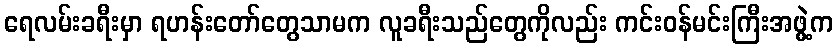
ရေလမ်းခရီးမှာ ရဟန်းတော်တွေသာမက လူခရီးသည်တွေကိုလည်း ကင်းဝန်မင်းကြီးအဖွဲ့က